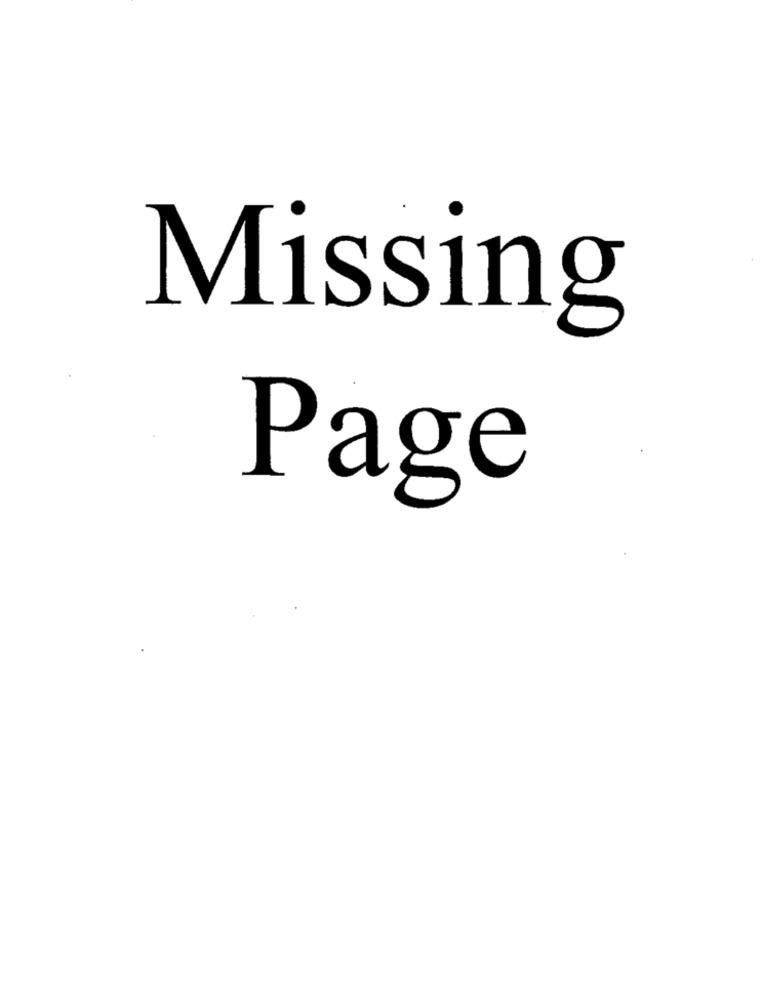
Missing
Page